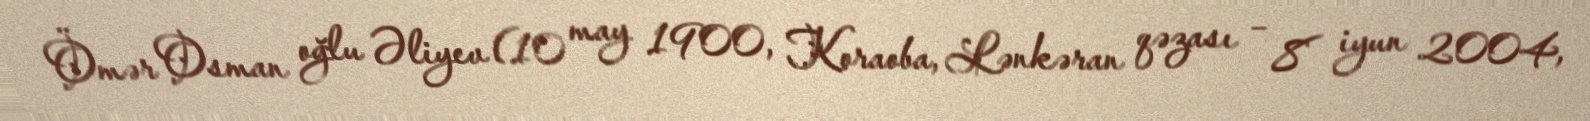
Ömər Osman oğlu Əliyev (10 may 1900, Koraoba, Lənkəran qəzası – 8 iyun 2004,